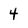
Character: 4